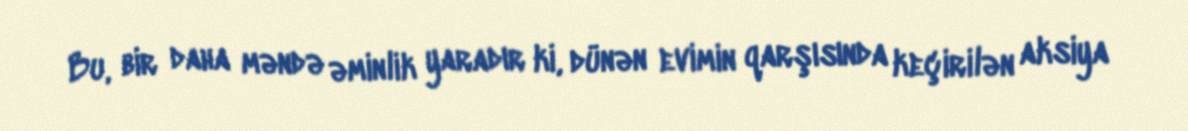
Bu, bir daha məndə əminlik yaradır ki, dünən evimin qarşısında keçirilən aksiya